Lunatic asylums Central Provinces reports 1886-1894 - 1886-1894
Year: 1886
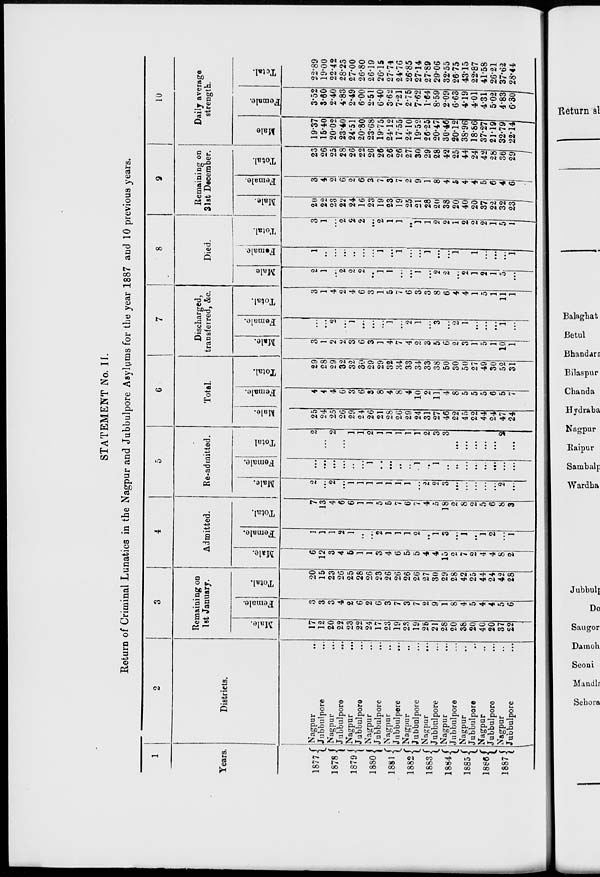
STATEMENT No. II.
Return of Criminal Lunatics in the Nagpur and Jubbulpore Asylums for the year 1887 and 10 previous years.
1
Years.
1877
1878
1879
1880
1881
1882
1883
1884
1885
1886
1887
2
Districts.
Nagpur ...
Jubbulpore ...
Nagpur ...
Jubbulpore
...
Nagpur ...
Jubbulpore ...
Nagpur ...
Jubbulpore ...
Nagpur ...
Jubbulpore
...
Nagpur ...
Jubbulpore ...
Nagpur ...
Jubbulpore ...
Nagpur ...
Jubbulpore ...
Nagpur ...
Jubbulpore...
Nagpur ...
Jubbulpore ...
Nagpur ...
Jubbulpore ...
3
Remaining on
1st January.
Male.
17
12
20
22
23
22
24
17
23
19
23
19
25
21
28
20
38
20
40
20
37
22
Female.
3
3
3
4
2
6
2
6
3
7
3
7
2
9
1
8
4
5
4
4
5
6
Total.
20
15
23
26
25
28
26
23
26
26
26
26
27
30
29
28
42
25
44
24
42
28
4
Admitted.
Male.
6
12
3
4
5
1
1
3
4
6
5
5
4
4
15
2
7
2
4
4
8
2
Female.
1
1
1
2
1
...
...
2
1
1
1
2
...
1
3
...
1
...
1
2
...
1
Total.
7
13
4
6
6
1
1
5
5
7
6
7
4
5
18
2
8
2
5
6
8
3
5
Re-admitted.
Male.
2
...
2
...
1
1
1
1
1
1
1
...
2
2
3
...
...
...
...
...
2
...
Female.
...
...
...
...
...
...
1
...
...
...
...
1
...
1
...
...
...
...
...
...
...
...
Total
2
...
2
...
1
1
2
1
1
1
1
1
2
3
3
...
...
...
...
...
2
...
6
Total.
Male.
25
24
25
26
29
24
26
21
28
26
29
24
31
27
46
22
45
22
44
24
47
24
Female.
4
4
4
6
3
6
3
8
4
8
4
10
2
11
4
8
5
5
5
6
5
7
Total.
29
28
29
32
32
30
29
29
32
34
33
34
33
38
50
30
50
27
49
30
52
31
7
Discharged,
transferred, &c.
Male.
3
1
2
2
3
6
3
1
4
7
4
2
3
5
6
2
3
1
5
1
10
1
Female.
...
...
2
...
1
...
...
...
1
...
2
1
...
3
...
2
1
...
...
...
1
...
Total.
3
1
4
2
4
6
3
1
5
7
6
3
3
8
6
4
4
1
5
1
11
1
8
Died.
Male
2
1
...
2
2
2
...
1
1
...
...
1
...
2
2
...
2
1
2
1
5
...
Female.
1
...
...
...
...
...
...
1
...
1
...
...
1
...
...
1
...
1
...
...
...
1
Total.
3
1
...
2
2
2
...
2
1
1
..
1
1
2
2
1
2
2
2
1
5
1
9
Remaining on
31st December.
Male.
20
22
23
22
24
16
23
19
23
19
25
21
28
20
38
20
40
20
37
22
32
23
Female.
3
4
2
6
2
6
3
7
3
7
2
9
1
8
4
5
4
4
5
6
4
6
Total
23
26
25
28
26
22
26
26
26
26
27
30
29
28
42
25
44
24
42
28
36
29
10
Daily average
strength.
Male
19.37
15.40
20.02
23.40
24.51
20.80
23.68
19.75
24.12
17.55
24.10
19.52
26.25
20.47
30.46
20.12
38.96
18.86
37.27
21.19
32.79
22.14
Female.
3.52
3.60
2.40
4.83
2.49
6.00
2.51
6.40
3.62
7.21
2.75
7.62
1.64
8.59
2.09
6.63
4.19
4.01
4.31
5.02
4.83
6.30
Total.
22.89
19.00
22.42
28.23
27.00
26.80
26.19
26.15
27.74
24.76
26.85
27.14
27.89
29.06
32.55
26.75
43.15
22.87
41.58
26.21
37.62
28.44